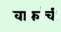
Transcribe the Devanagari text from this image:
वाफांची